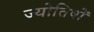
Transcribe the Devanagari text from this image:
ज्याेतिषाें